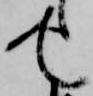
て